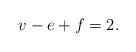
LaTeX: \begin{align*}v-e+f = 2.\end{align*}